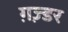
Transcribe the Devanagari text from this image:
ग़ज़्डर